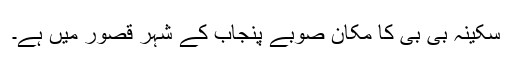
سکینہ بی بی کا مکان صوبے پنجاب کے شہر قصور میں ہے۔